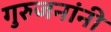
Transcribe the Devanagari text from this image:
गुरुजनांनी